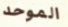
الموحد